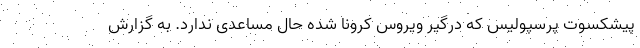
پیشکسوت پرسپولیس که درگیر ویروس کرونا شده حال مساعدی ندارد. به گزارش